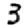
Digit: 3